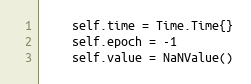
Language: Go
	self.time = Time.Time{}
	self.epoch = -1
	self.value = NaNValue()